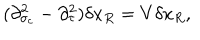
( \partial _ { \sigma _ { c } } ^ { 2 } - \partial _ { \tau } ^ { 2 } ) \delta x _ { R } = V \delta x _ { R } ,